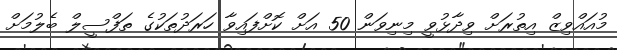
މުއައްވިޒް އިތުރަށް ވިދާޅުވީ މިނިވަން 50 އަށް ކޮށްފައިވާ ހަރަދުތަކުގެ ތަފްސީލް ބެލުމަށް